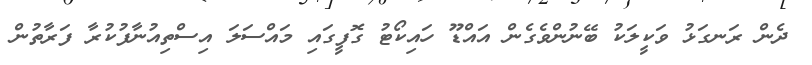
ދެން ރަނގަޅު ވަކީލަކު ބޭނުންވެގެން އައްޑޫ ހައިކޯޓު ގޮފީގައި މައްސަލަ އިސްތިއުނާފުކުރާ ފަރާތުުން